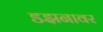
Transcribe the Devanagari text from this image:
डझनावर